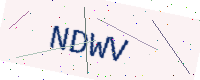
Text: NDWV